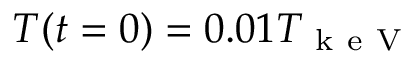
T ( t = 0 ) = 0 . 0 1 T _ { \mathrm { ~ k ~ e ~ V ~ } }